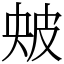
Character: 㿮